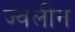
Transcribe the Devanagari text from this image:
ज्वलीन